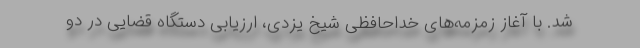
شد. با آغاز زمزمه‌های خداحافظی شیخ یزدی، ارزیابی دستگاه قضایی در دو